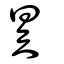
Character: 昦